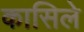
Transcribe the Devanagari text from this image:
कासिले